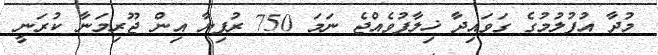
މުދާ އުފުލުމުގެ ގަވައިދާ ޚިލާފުވެއްޖެ ނަމަ 750 ރުފިޔާ އިން ޖޫރިމަނާ ކުރަނީ